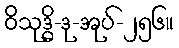
ဝိသုဒ္ဓိ-ဒု-အုပ်-၂၅၆။